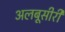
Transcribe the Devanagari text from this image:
अलबूसीरी